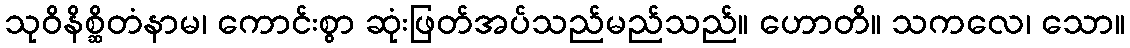
သုဝိနိစ္ဆိတံနာမ၊ ကောင်းစွာ ဆုံးဖြတ်အပ်သည်မည်သည်။ ဟောတိ။ သကလေ၊ သော။